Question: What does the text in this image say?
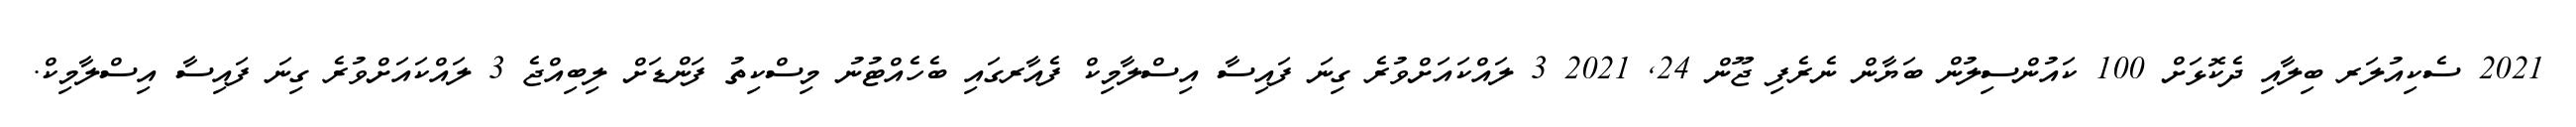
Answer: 2021 ސެކިއުލަރ ބިލާއި ދެކޮޅަށް 100 ކައުންސިލުން ބަޔާން ނެރެފި ޖޫން 24, 2021 3 ލައްކައަށްވުރެ ގިނަ ފައިސާ އިސްލާމިކް ފެއާރގައި ބެހެއްޓުނު މިސްކިތު ފަންޑަށް ލިބިއްޖެ 3 ލައްކައަށްވުރެ ގިނަ ފައިސާ އިސްލާމިކް.